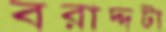
বরাদ্দটা